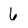
Character: 6